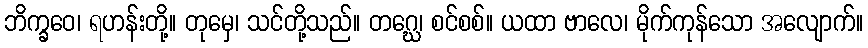
ဘိက္ခဝေ၊ ရဟန်းတို့။ တုမှေ၊ သင်တို့သည်။ တဂ္ဃေ၊ စင်စစ်။ ယထာ ဗာလေ၊ မိုက်ကုန်သော အလျောက်။